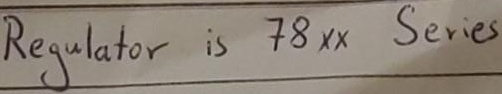
Text: Regulator is 78XX Series